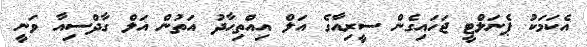
އެކަމަކު ޕެނަލްޓީ ޖަހައިގެން ސީރިއާގެ އަލް އިއްތިހާދު އަތުން އަލް ގާދްސިއާ ވަނީ